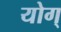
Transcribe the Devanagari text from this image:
योग्‌